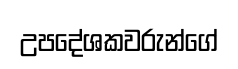
උපදේශකවරුන්ගේ